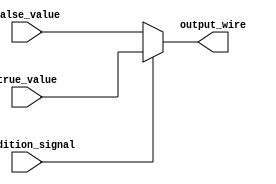
module conditional_assignment (
    input wire condition_signal,  // Condition Signal (binary input)
    input wire true_value,        // True Value (input)
    input wire false_value,       // False Value (input)
    output wire output_wire       // Output Wire
);

// Continuous assignment using ternary operator
assign output_wire = condition_signal ? true_value : false_value;

endmodule